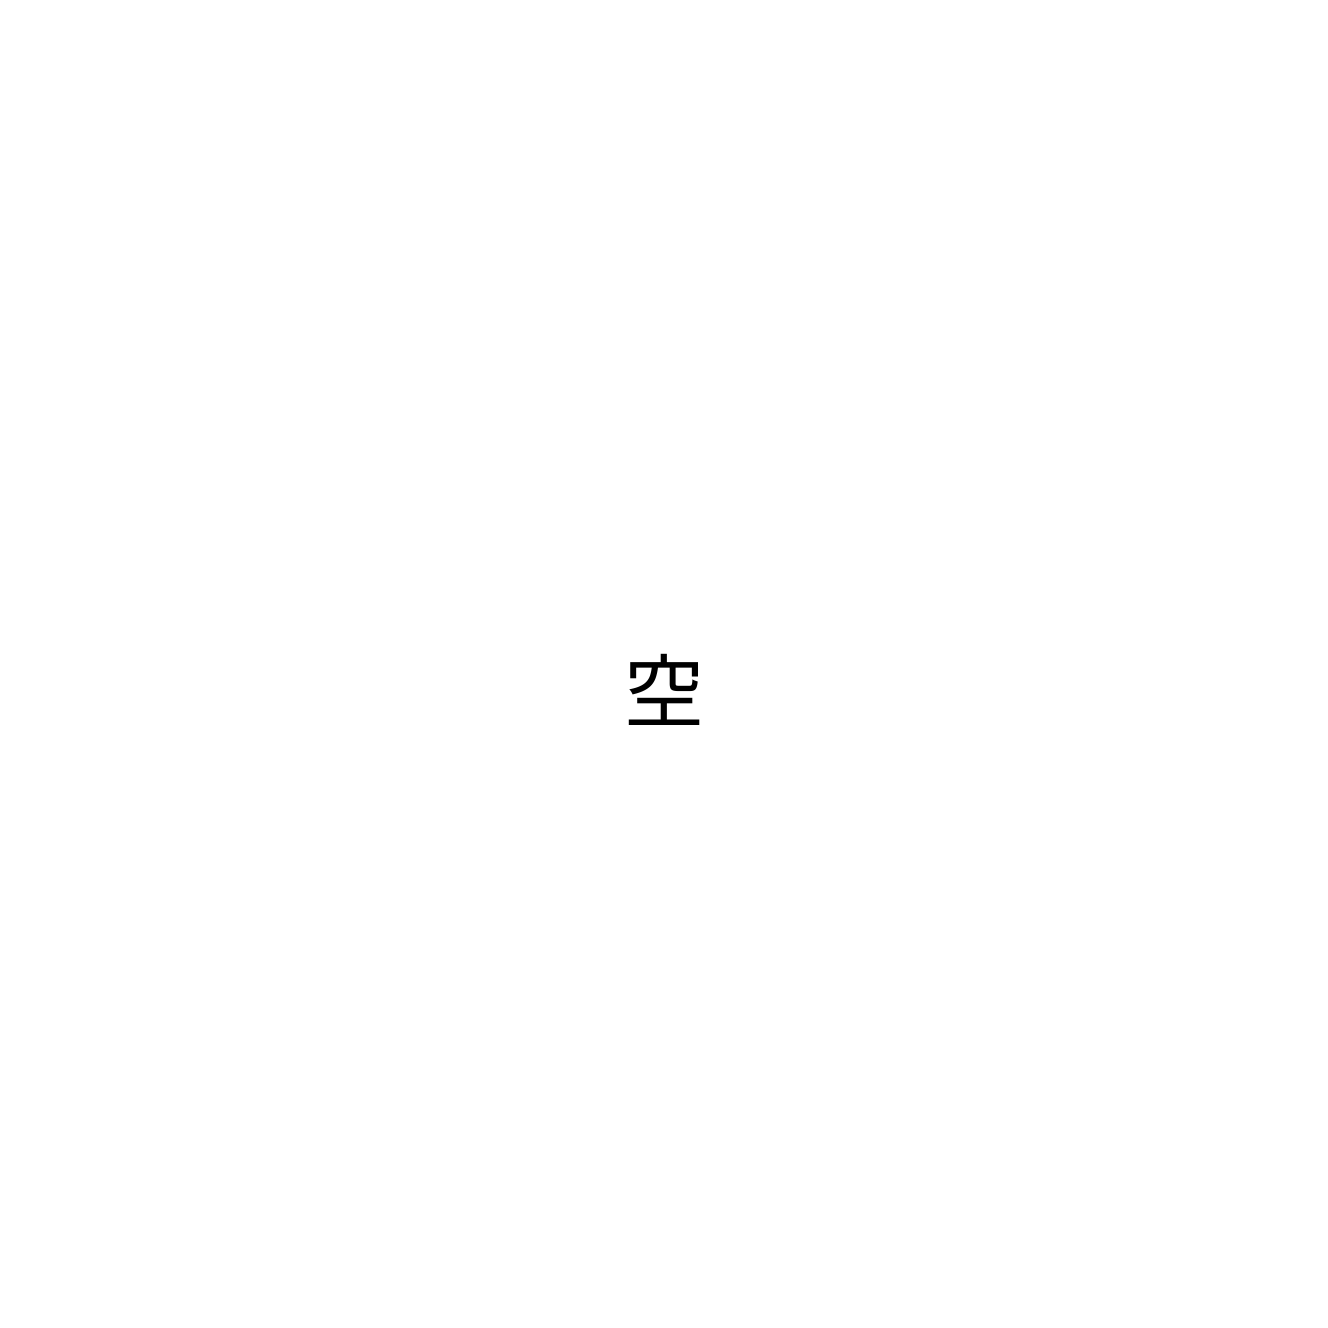
空